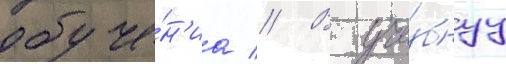
обуче́н'иа // В уче́бнуу